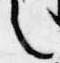
言